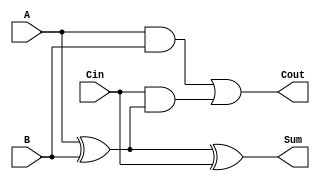
module FullAdder (
    input wire A,      // First input bit
    input wire B,      // Second input bit
    input wire Cin,    // Carry input
    output wire Sum,   // Resultant sum bit
    output wire Cout   // Carry output
);

// Internal wires for intermediate calculations
wire AxorB; // Intermediate XOR between A and B

// Calculate Sum using XOR gates
assign AxorB = A ^ B;       // A XOR B
assign Sum = AxorB ^ Cin;   // (A XOR B) XOR Cin

// Calculate Cout using AND and OR gates
assign Cout = (A & B) | (Cin & AxorB); // (A AND B) OR (Cin AND (A XOR B))

endmodule